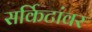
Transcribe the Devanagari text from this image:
सर्किटांवर